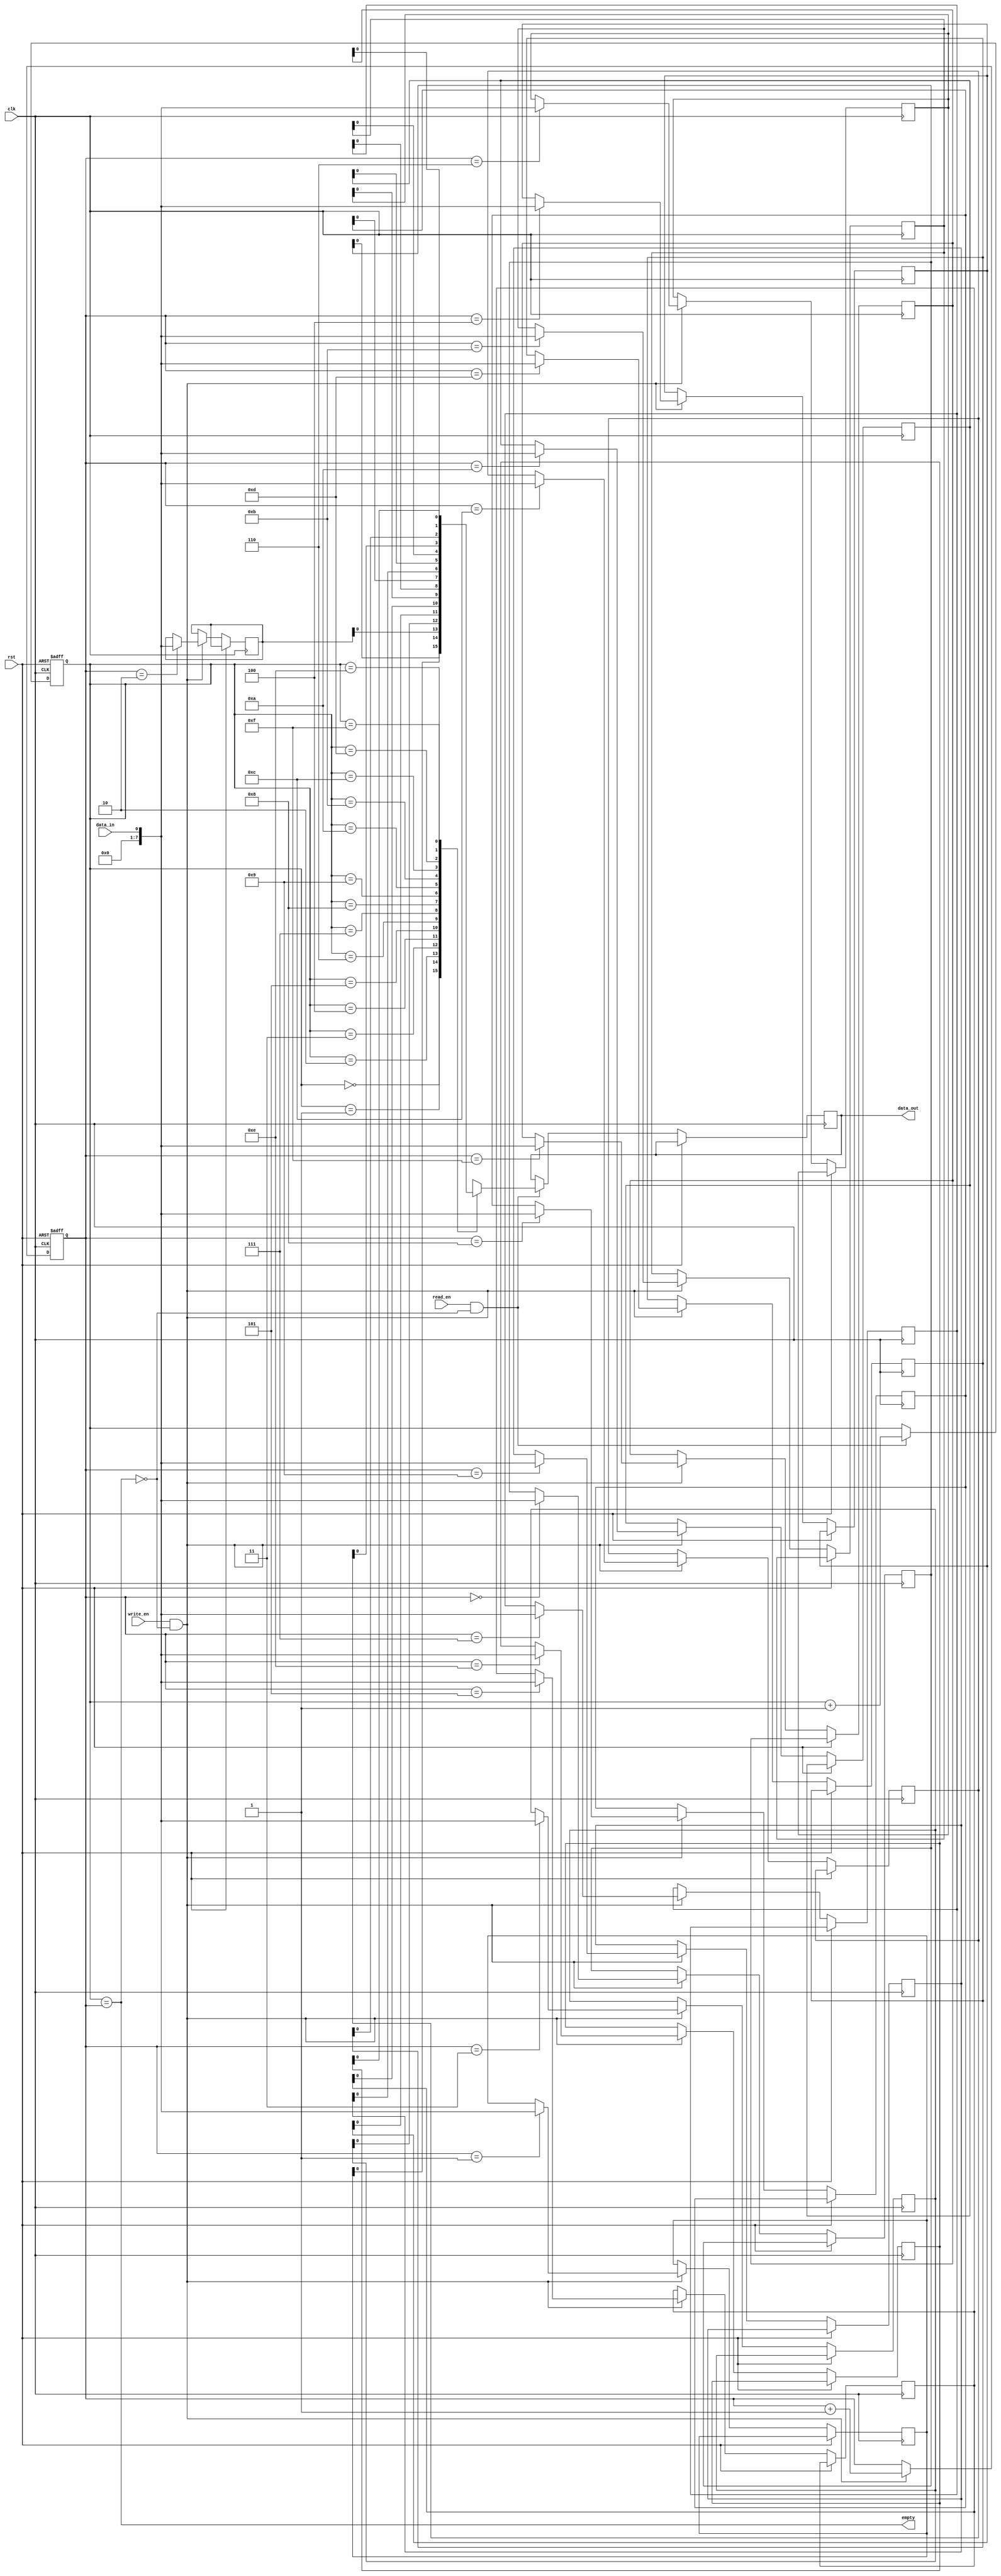
module async_fifo (
    input wire clk,        // Clock signal
    input wire rst,        // Reset signal

    input wire read_en,    // Read enable signal
    output wire data_out,  // Data output
    output wire empty,     // Empty status
    input wire write_en,   // Write enable signal
    input wire data_in     // Data input
);

parameter FIFO_DEPTH = 16;  // Depth of the FIFO

reg [7:0] fifo_data [0:FIFO_DEPTH-1];  // Data storage
reg [3:0] read_ptr;                    // Read pointer
reg [3:0] write_ptr;                   // Write pointer

assign empty = (read_ptr == write_ptr);  // Status checking

always @(posedge clk or posedge rst) begin
    if (rst) begin
        read_ptr <= 0;
        write_ptr <= 0;
    end else begin
        if (read_en && !empty) begin
            data_out <= fifo_data[read_ptr];
            read_ptr <= read_ptr + 1;
        end
        if (write_en && !empty) begin
            fifo_data[write_ptr] <= data_in;
            write_ptr <= write_ptr + 1;
        end
    end
end

endmodule